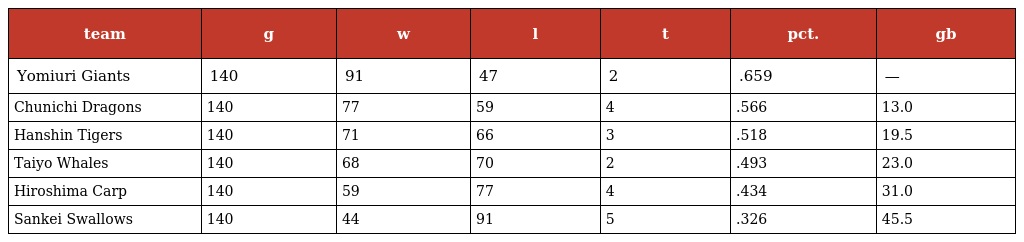
| team | g | w | l | t | pct. | gb |
 | --- | --- | --- | --- | --- | --- | --- |
 | Yomiuri Giants | 140 | 91 | 47 | 2 | .659 | — |
 | Chunichi Dragons | 140 | 77 | 59 | 4 | .566 | 13.0 |
 | Hanshin Tigers | 140 | 71 | 66 | 3 | .518 | 19.5 |
 | Taiyo Whales | 140 | 68 | 70 | 2 | .493 | 23.0 |
 | Hiroshima Carp | 140 | 59 | 77 | 4 | .434 | 31.0 |
 | Sankei Swallows | 140 | 44 | 91 | 5 | .326 | 45.5 |